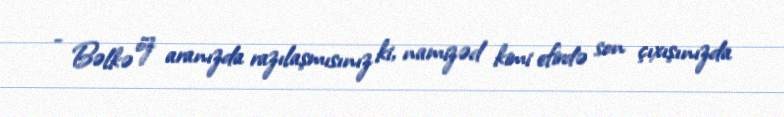
- Bəlkə öz aranızda razılaşmısınız ki, namizəd kimi efirdə son çıxışınızda